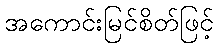
အကောင်းမြင်စိတ်ဖြင့်